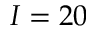
I = 2 0